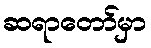
ဆရာတော်မှာ